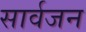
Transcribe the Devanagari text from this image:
सार्वजन